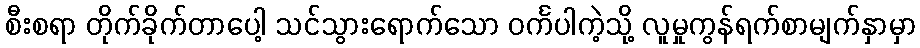
စီးစရာ တိုက်ခိုက်တာပေါ့ သင်သွားရောက်သော ဝင်္ကပါကဲ့သို့ လူမှုကွန်ရက်စာမျက်နှာမှာ